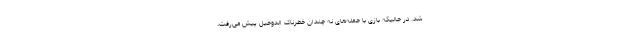
شد. در حالیکه بازی با حمله‌های نه چندان خطرناک الدوحیل پیش می‌رفت،